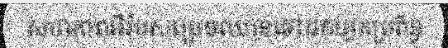
សហភាពអឺរ៉ុបសម្រេចឈានទៅដកហូតប្រព័ន្ធ